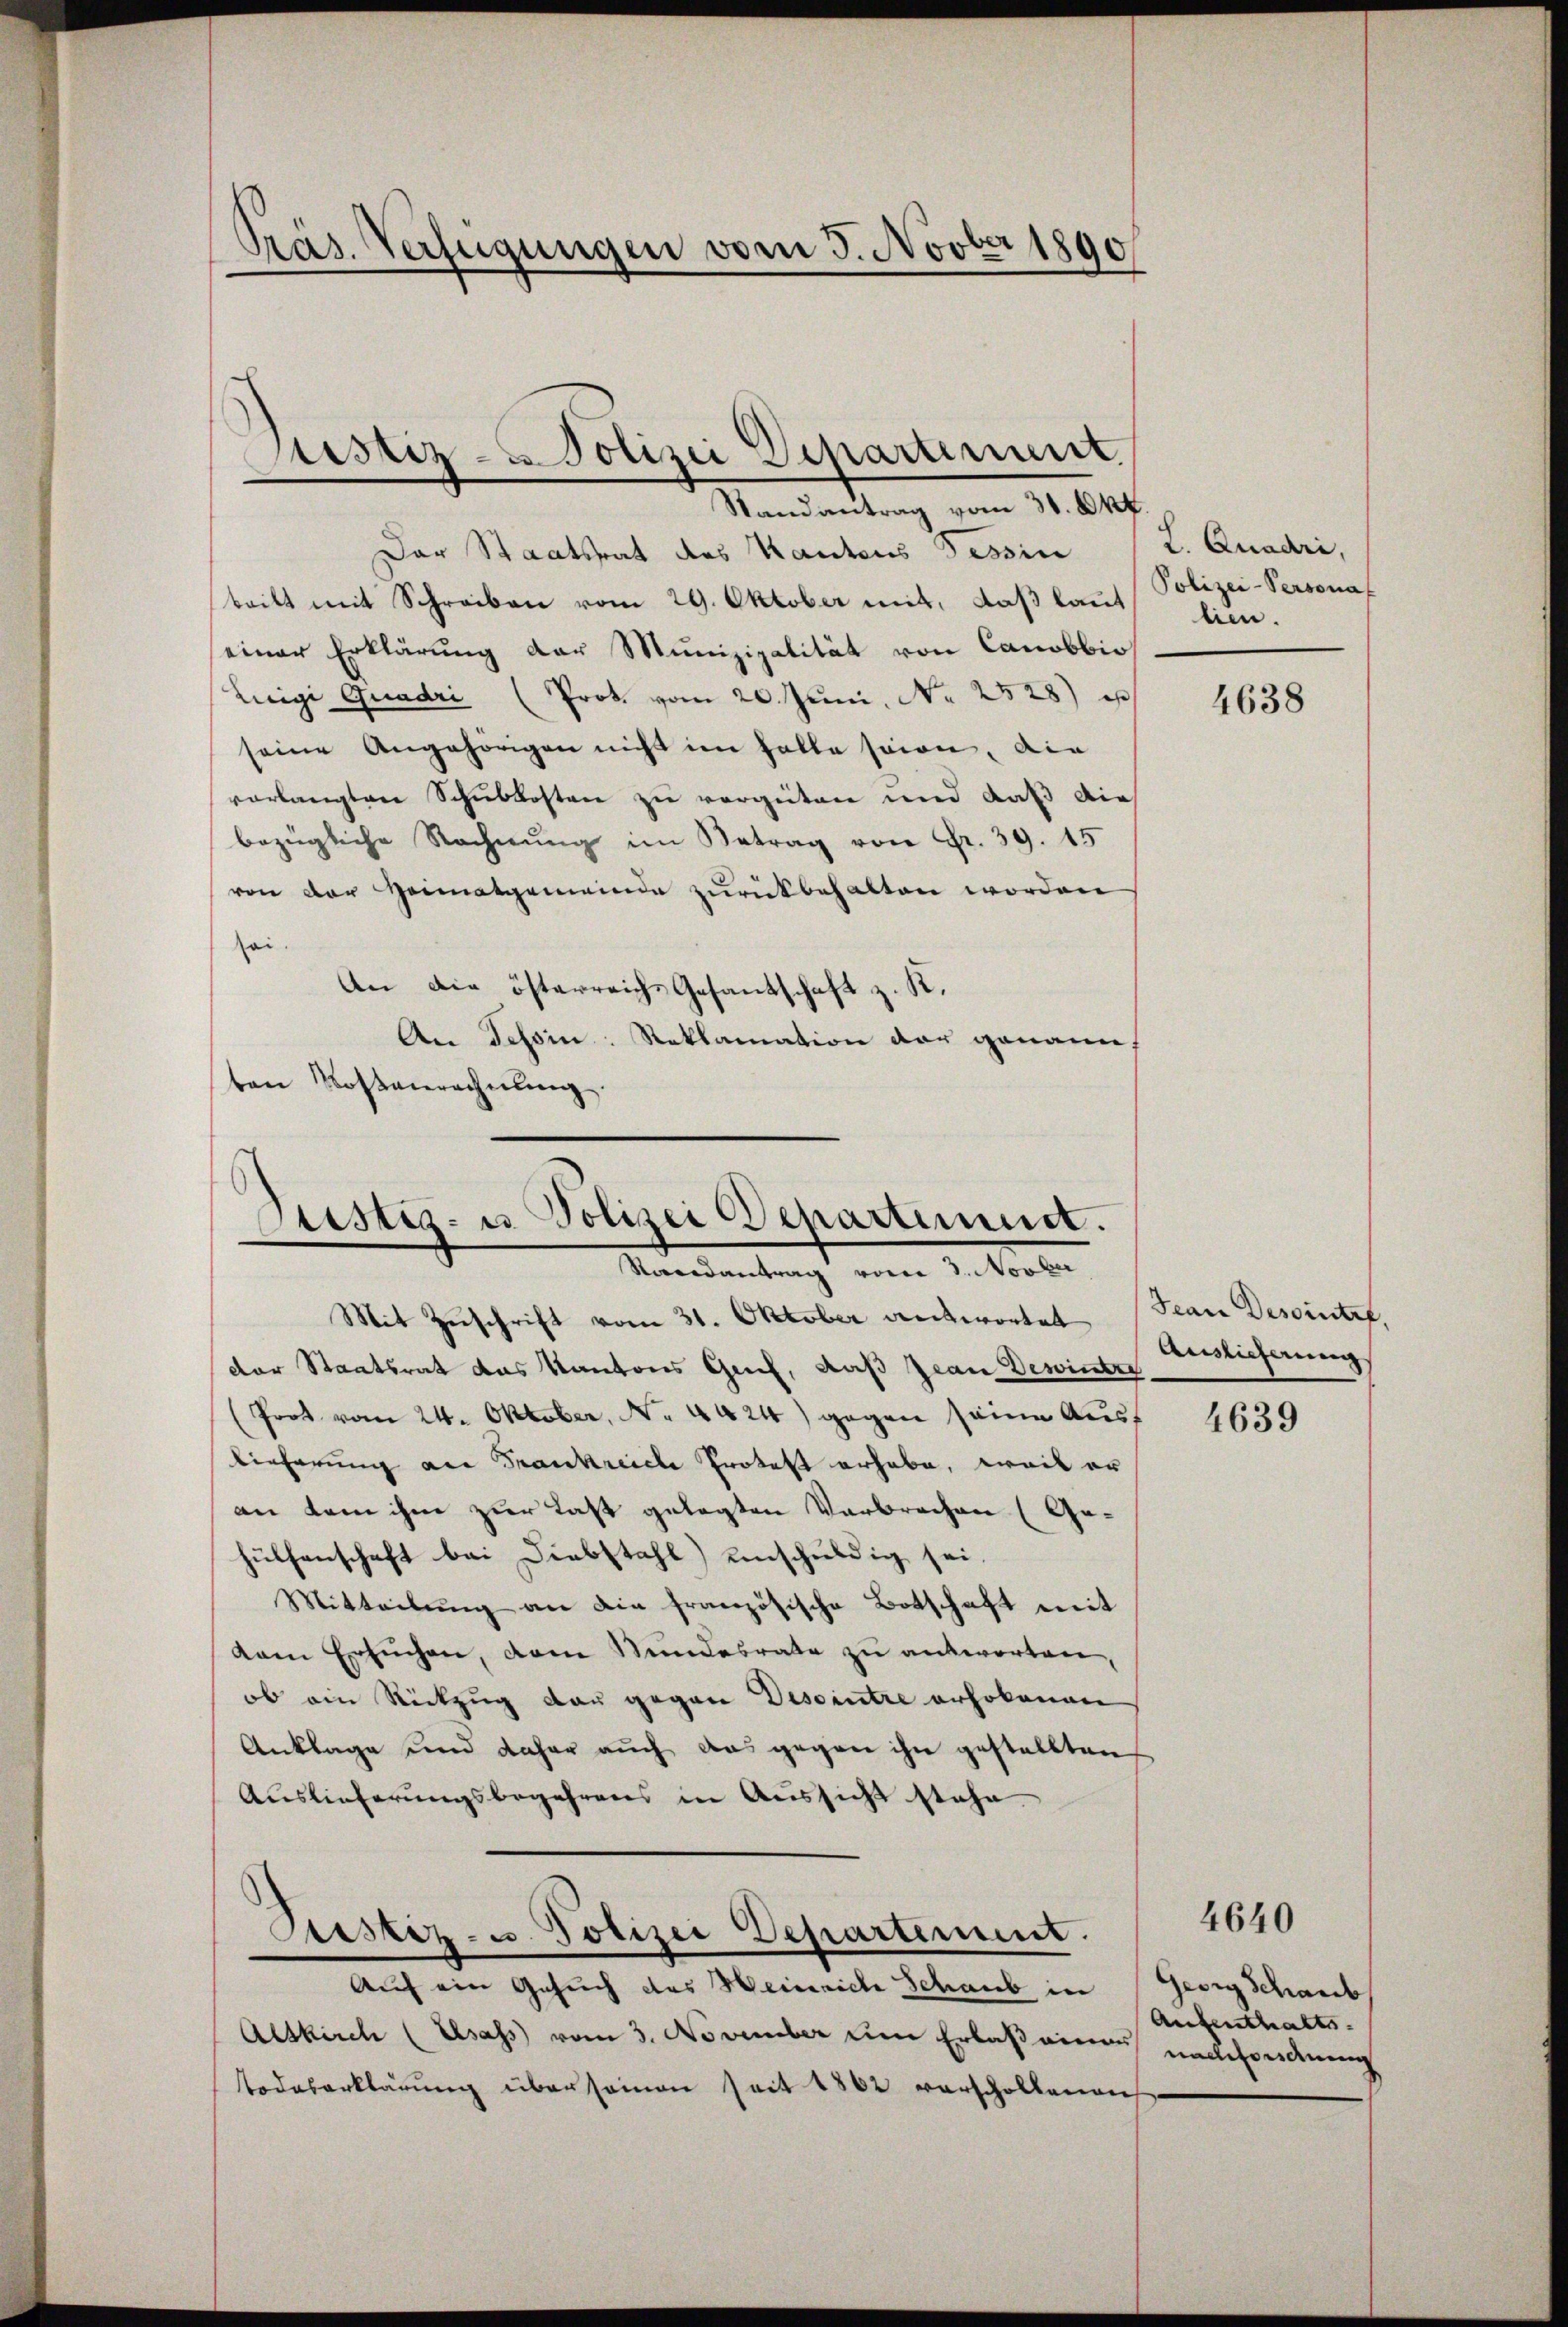
Präs. Verfügungen vom 5. Novber 1890

Justiz-Polizei Departement.

Randantrag vom 31. Okt.
Der Staatsrat des Kantons Tessin
britt mit Schreiben vom 29. Oktober mit, daß laut
einer Erklärung der Munizipalität von Canobbio
Lieigi Quadri (Prok. vom 20. Juni, No 2528)
seine Angehörigen nicht im halte seien, die
vorlangten Schubkosten zu vergüten und daß dies
bezügliche Rechnŭng im Betrag von Fr. 39. 15
von der Heimatgemeinde zurückbehalten worden
sei.
An die österreichs Gesantschaft z. K.
An Tessin: Reklamation der genann
bene Kostenrechnŭng.

Justiz- u. Polizei Departement.
Raandantrag vom 3. Novber

Mit Zuschrift vom 31. Oktober antwortet
der Staatsrat das Kantons Greif, daß Jean Dewinter
(Prot vom 24. Oktober, No. 4424) gegen seine Ausf
lieferung an Frankreiche Protest erhabe, weil er
an kam ihm zur Last gelegten Verbrechen (Ge-
hülfenschaft bei Diebstahl) unschuldig sei.
Mitteilung an die französische Botschaft mit
kam Ersuchen, dem Stundesrate zu antworten
ob ein Rückzug dar gegen Deseintre erhobenen
Anklage und daher auch das gegen ihn gestellten
Auslieferungsbegehrens in Aussicht stehe
Justiz- u. Polizei Departement.
Auf ein Gesuch des Weinrich Schaub in Georg Schaub
Alskirch (Elsass vom 3. November um Erlaß einen undforderung
Todeserklärŭng über seinen seit 1862 verschollenen

L. Quadri,
Polizei-Persona f
lien.

4638

Jean Dessintet,
Auslieferung

4639

4640

Aufenthalts.